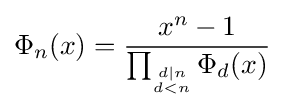
\Phi _{n}(x)={\frac {x^{n}-1}{\prod _{\stackrel {d|n}{{}_{d<n}}}\Phi _{d}(x)}}